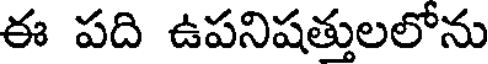
ఈ పది ఉపనిషత్తులలోను